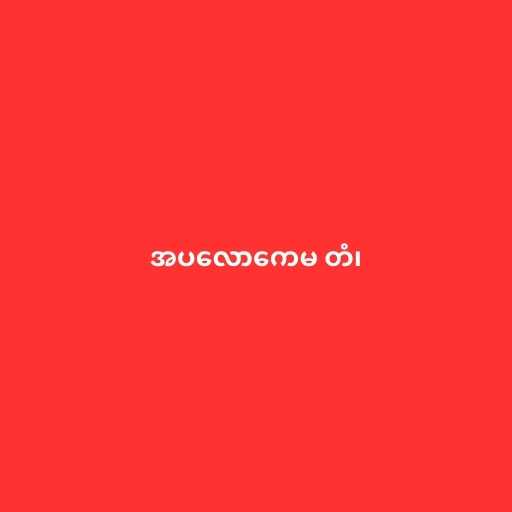
အပလောကေမ တံ၊